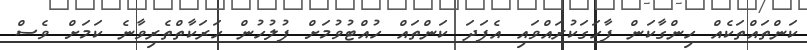
ކަންތައްތަކެއް ހިންގާކަން ފާހަގަކުރައްވައި އެފަދަ ކަންތައް ހުއްޓުވުމަށް ފުލުހުން ހަރަކާތްތެރިވާނެ ކަމަށް ވެސް